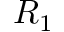
R _ { 1 }